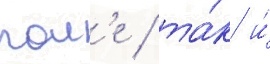
пол'е / та́к и́